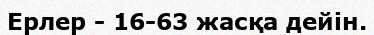
Ерлер - 16-63 жасқа дейін.